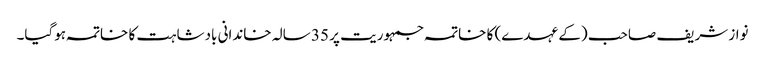
نواز شریف صاحب (کے عہدے) کا خاتمہ جمہوریت پر 35 سالہ خاندانی بادشاہت کا خاتمہ ہوگیا۔